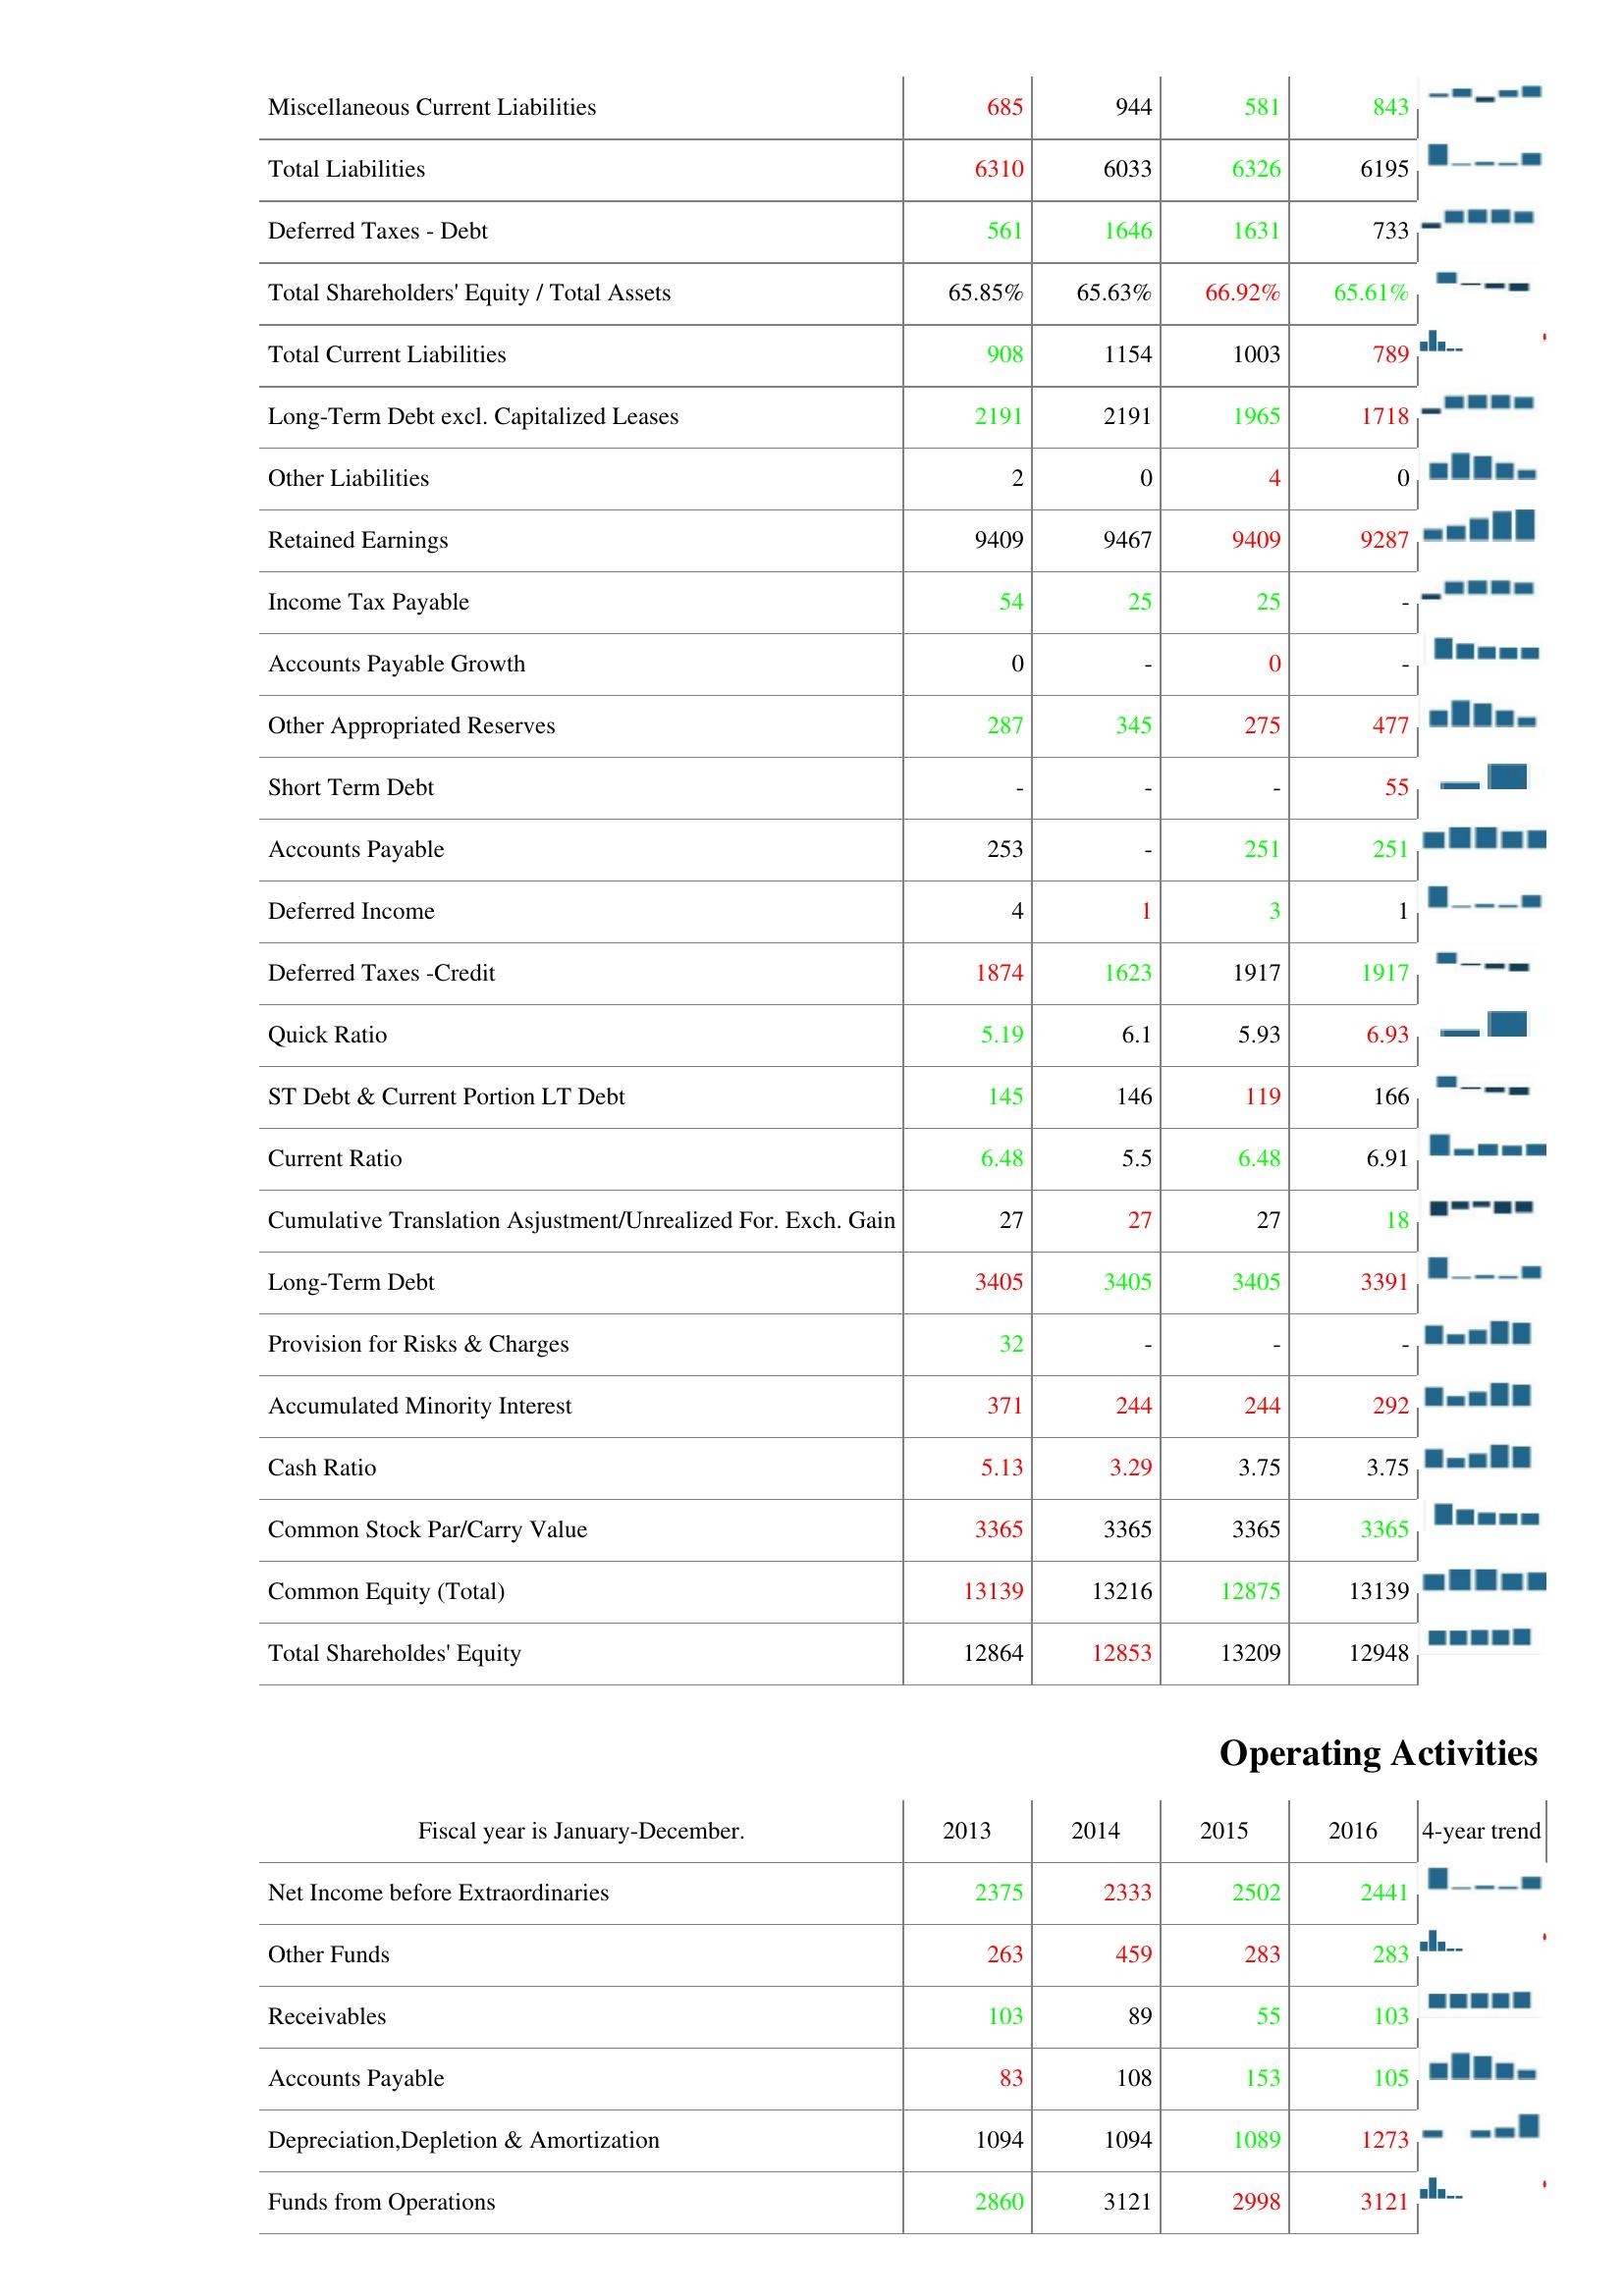
2013: Liabilities & Shareholder's Equity: Miscellaneous Current Liabilities: 685
Total Liabilities: 6310
Deferred Taxes - Debt: 561
Total Shareholders' Equity / Total Assets: 65.85%
Total Current Liabilities: 908
Long-Term Debt excl. Capitalized Leases: 2191
Other Liabilities: 2
Retained Earnings: 9409
Income Tax Payable: 54
Accounts Payable Growth: 0
Other Appropriated Reserves: 287
Short Term Debt: -
Accounts Payable: 253
Deferred Income: 4
Deferred Taxes -Credit: 1874
Quick Ratio: 5.19
ST Debt & Current Portion LT Debt: 145
Current Ratio: 6.48
Cumulative Translation Asjustment/Unrealized For. Exch. Gain: 27
Long-Term Debt: 3405
Provision for Risks & Charges: 32
Accumulated Minority Interest: 371
Cash Ratio: 5.13
Common Stock Par/Carry Value: 3365
Common Equity (Total): 13139
Total Shareholdes' Equity: 12864
Operating Activities: Net Income before Extraordinaries: 2375
Other Funds: 263
Receivables: 103
Accounts Payable: 83
Depreciation,Depletion & Amortization: 1094
Funds from Operations: 2860
2014: Liabilities & Shareholder's Equity: Miscellaneous Current Liabilities: 944
Total Liabilities: 6033
Deferred Taxes - Debt: 1646
Total Shareholders' Equity / Total Assets: 65.63%
Total Current Liabilities: 1154
Long-Term Debt excl. Capitalized Leases: 2191
Other Liabilities: 0
Retained Earnings: 9467
Income Tax Payable: 25
Accounts Payable Growth: -
Other Appropriated Reserves: 345
Short Term Debt: -
Accounts Payable: -
Deferred Income: 1
Deferred Taxes -Credit: 1623
Quick Ratio: 6.1
ST Debt & Current Portion LT Debt: 146
Current Ratio: 5.5
Cumulative Translation Asjustment/Unrealized For. Exch. Gain: 27
Long-Term Debt: 3405
Provision for Risks & Charges: -
Accumulated Minority Interest: 244
Cash Ratio: 3.29
Common Stock Par/Carry Value: 3365
Common Equity (Total): 13216
Total Shareholdes' Equity: 12853
Operating Activities: Net Income before Extraordinaries: 2333
Other Funds: 459
Receivables: 89
Accounts Payable: 108
Depreciation,Depletion & Amortization: 1094
Funds from Operations: 3121
2015: Liabilities & Shareholder's Equity: Miscellaneous Current Liabilities: 581
Total Liabilities: 6326
Deferred Taxes - Debt: 1631
Total Shareholders' Equity / Total Assets: 66.92%
Total Current Liabilities: 1003
Long-Term Debt excl. Capitalized Leases: 1965
Other Liabilities: 4
Retained Earnings: 9409
Income Tax Payable: 25
Accounts Payable Growth: 0
Other Appropriated Reserves: 275
Short Term Debt: -
Accounts Payable: 251
Deferred Income: 3
Deferred Taxes -Credit: 1917
Quick Ratio: 5.93
ST Debt & Current Portion LT Debt: 119
Current Ratio: 6.48
Cumulative Translation Asjustment/Unrealized For. Exch. Gain: 27
Long-Term Debt: 3405
Provision for Risks & Charges: -
Accumulated Minority Interest: 244
Cash Ratio: 3.75
Common Stock Par/Carry Value: 3365
Common Equity (Total): 12875
Total Shareholdes' Equity: 13209
Operating Activities: Net Income before Extraordinaries: 2502
Other Funds: 283
Receivables: 55
Accounts Payable: 153
Depreciation,Depletion & Amortization: 1089
Funds from Operations: 2998
2016: Liabilities & Shareholder's Equity: Miscellaneous Current Liabilities: 843
Total Liabilities: 6195
Deferred Taxes - Debt: 733
Total Shareholders' Equity / Total Assets: 65.61%
Total Current Liabilities: 789
Long-Term Debt excl. Capitalized Leases: 1718
Other Liabilities: 0
Retained Earnings: 9287
Income Tax Payable: -
Accounts Payable Growth: -
Other Appropriated Reserves: 477
Short Term Debt: 55
Accounts Payable: 251
Deferred Income: 1
Deferred Taxes -Credit: 1917
Quick Ratio: 6.93
ST Debt & Current Portion LT Debt: 166
Current Ratio: 6.91
Cumulative Translation Asjustment/Unrealized For. Exch. Gain: 18
Long-Term Debt: 3391
Provision for Risks & Charges: -
Accumulated Minority Interest: 292
Cash Ratio: 3.75
Common Stock Par/Carry Value: 3365
Common Equity (Total): 13139
Total Shareholdes' Equity: 12948
Operating Activities: Net Income before Extraordinaries: 2441
Other Funds: 283
Receivables: 103
Accounts Payable: 105
Depreciation,Depletion & Amortization: 1273
Funds from Operations: 3121